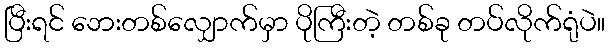
ပြီးရင် ဘေးတစ်လျှောက်မှာ ပိုကြီးတဲ့ တစ်ခု တပ်လိုက်ရုံပဲ။